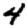
Digit: 4